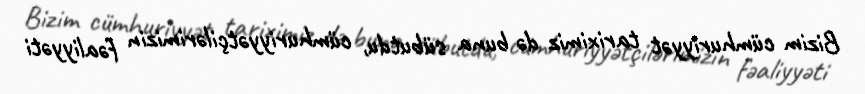
Bizim cümhuriyyət tariximiz də buna sübutdu, cümhuriyyətçilərimizin fəaliyyəti